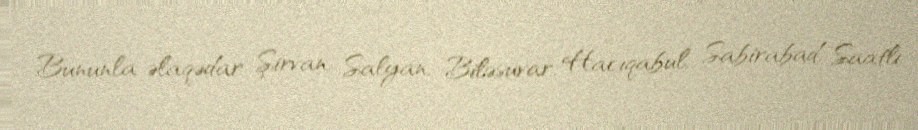
Bununla əlaqədar Şirvan, Salyan, Biləsuvar, Hacıqabul, Sabirabad, Saatlı